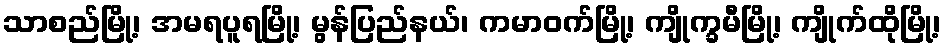
သာစည်မြို့၊ အမရပူရမြို့၊ မွန်ပြည်နယ်၊ ကမာဝက်မြို့၊ ကျိုက္ခမီမြို့၊ ကျိုက်ထိုမြို့၊